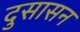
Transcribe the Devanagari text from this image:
दुसासन